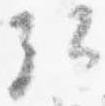
弘